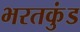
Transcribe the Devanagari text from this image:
भरतकुंड